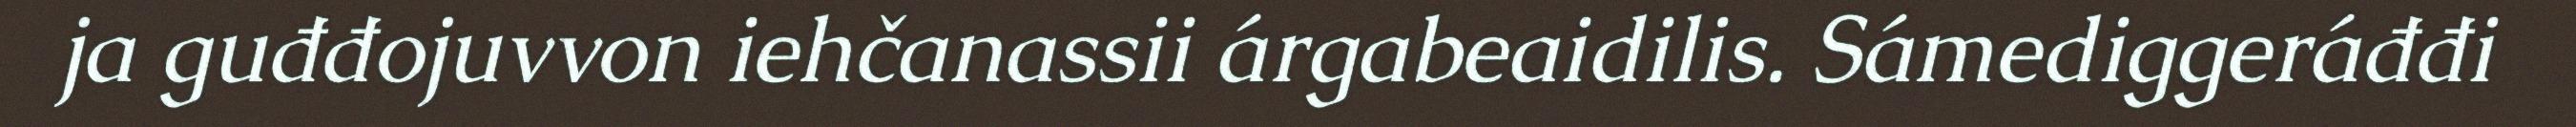
ja guđđojuvvon iehčanassii árgabeaidilis. Sámediggeráđđi